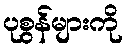
ပုစွန်များကို